Scientific memoirs by medical officers of the Army of India - Part X,
Year: 1897
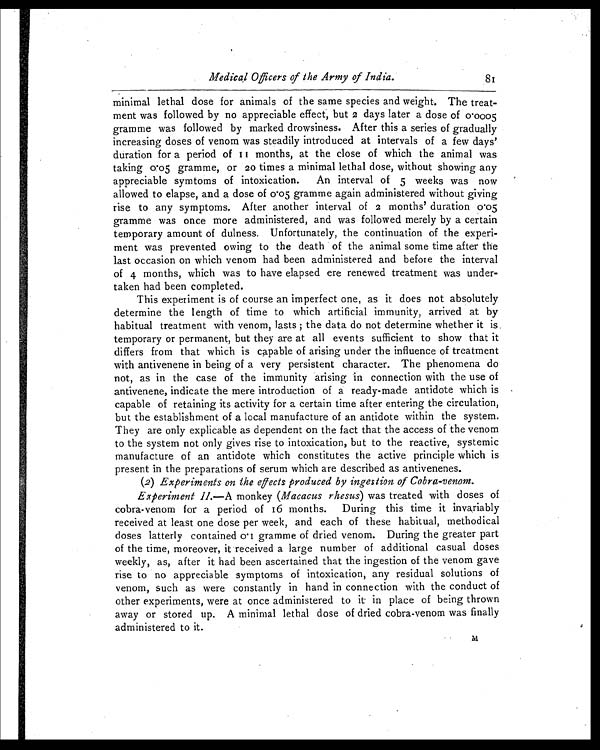
Medical Officers of the Army of India.
8 1
minimal lethal dose for animals of the same species and weight. The treat-
ment was followed by no appreciable effect, but 2 days later a dose of 0.0005
gramme was followed by marked drowsiness. After this a series of gradually
increasing doses of venom was steadily introduced at intervals of a few days'
duration for a period of 11 months, at the close of which the animal was
taking 0.05 gramme, or 20 times a minimal lethal dose, without showing any
appreciable symtoms of intoxication. An interval of 5 weeks was now
allowed to elapse, and a dose of 0.05 gramme again administered without giving
rise to any symptoms. After another interval of 2 months' duration 0.05
gramme was once more administered, and was followed merely by a certain
temporary amount of dulness. Unfortunately, the continuation of the experi-
ment was prevented owing to the death of the animal some time after the
last occasion on which venom had been administered and before the interval
of 4 months, which was to have elapsed ere renewed treatment was under-
taken had been completed.
This experiment is of course an imperfect one, as it does not absolutely
determine the length of time to which artificial immunity, arrived at by
habitual treatment with venom, lasts; the data do not determine whether it is
temporary or permanent, but they are at all events sufficient to show that it
differs from that which is capable of arising under the influence of treatment
with antivenene in being of a very persistent character. The phenomena do
not, as in the case of the immunity arising in connection with the use of
antivenene, indicate the mere introduction of a ready-made antidote which is
capable of retaining its activity for a certain time after entering the circulation,
but the establishment of a local manufacture of an antidote within the system.
They are only explicable as dependent on the fact that the access of the venom
to the system not only gives rise to intoxication, but to the reactive, systemic
manufacture of an antidote which constitutes the active principle which is
present in the preparations of serum which are described as antivenenes.
(2) Experiments on the effects produced by ingestion of Cobra-venom.
Experiment II. —A monkey (Macacus rhesus) was treated with doses of
cobra-venom for a period of 16 months. During this time it invariably
received at least one dose per week, and each of these habitual, methodical
doses latterly contained 0.1 gramme of dried venom. During the greater part
of the time, moreover, it received a large number of additional casual doses
weekly, as, after it had been ascertained that the ingestion of the venom gave
rise to no appreciable symptoms of intoxication, any residual solutions of
venom, such as were constantly in hand in connection with the conduct of
other experiments, were at once administered to it in place of being thrown
away or stored up. A minimal lethal dose of dried cobra-venom was finally
administered to it.
M